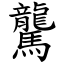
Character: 驡